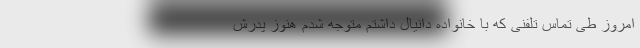
امروز طی تماس تلفنی که با خانواده دانیال داشتم متوجه شدم هنوز پدرش